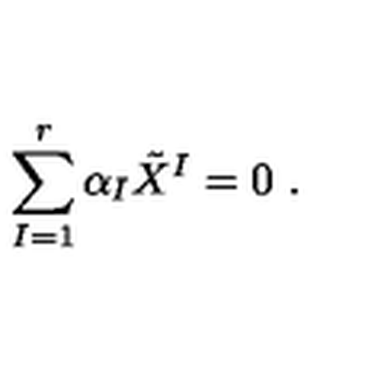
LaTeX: \sum _ { I = 1 } ^ { r } \alpha _ { I } \tilde { X } ^ { I } = 0 \ .